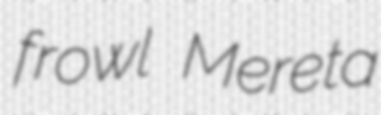
frowl Mereta